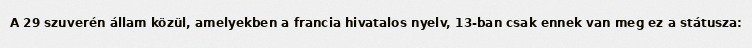
A 29 szuverén állam közül, amelyekben a francia hivatalos nyelv, 13-ban csak ennek van meg ez a státusza: